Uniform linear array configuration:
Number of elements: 24
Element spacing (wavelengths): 0.5
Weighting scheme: uniform
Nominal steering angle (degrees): -15
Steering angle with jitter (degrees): -14.327
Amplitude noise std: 0.05
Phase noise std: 0.05

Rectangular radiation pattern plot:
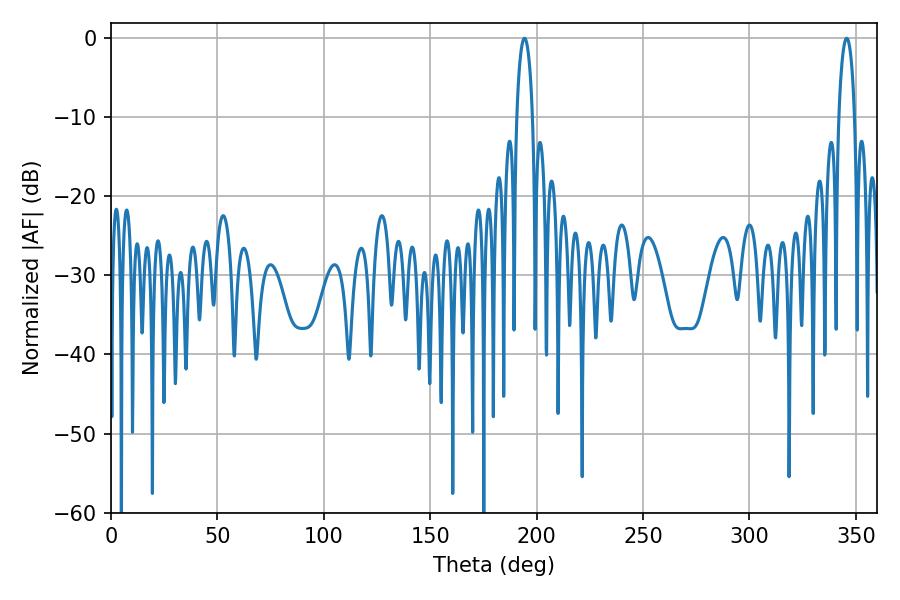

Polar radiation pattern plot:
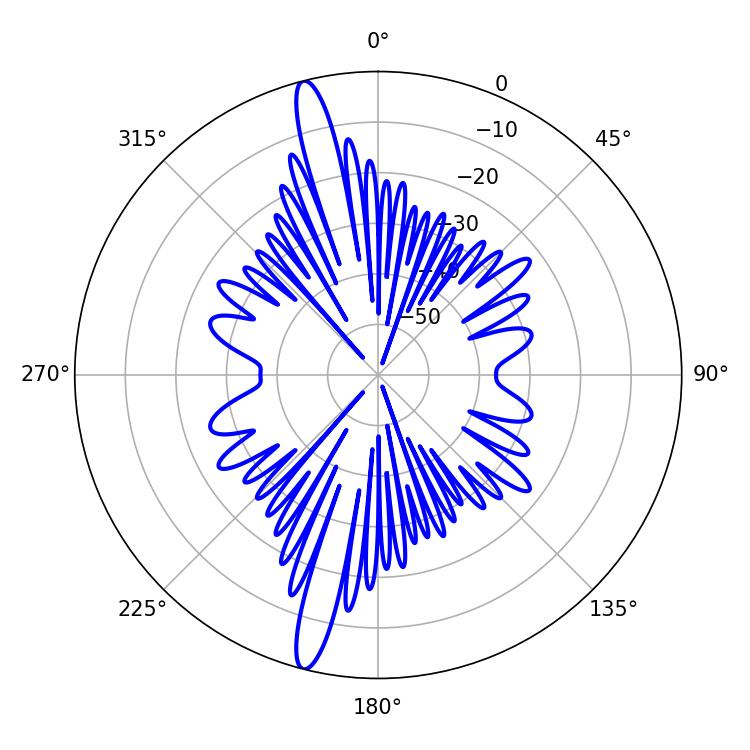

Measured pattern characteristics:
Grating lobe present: FALSE
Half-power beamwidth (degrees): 4.14
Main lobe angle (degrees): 194.22